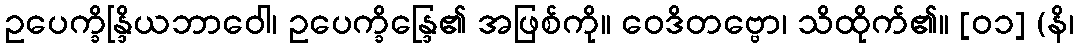
ဥပေက္ခိန္ဒြိယဘာဝေါ၊ ဥပေက္ခိန္ဒြေ၏ အဖြစ်ကို။ ဝေဒိတဗ္ဗော၊ သိထိုက်၏။ [၀၁] (နိ၊